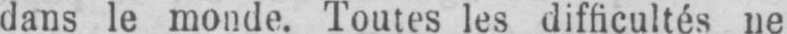
dans le monde. Toutes les difficultés ne